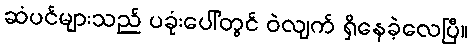
ဆံပင်များသည် ပခုံးပေါ်တွင် ဝဲလျက် ရှိနေခဲ့လေပြီ။